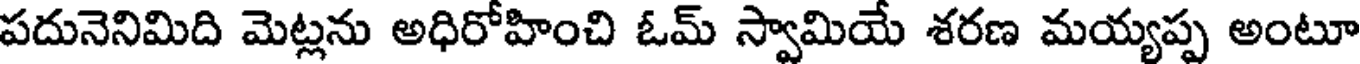
పదునెనిమిది మెట్లను అధిరోహించి ఓమ్ స్వామియే శరణ మయ్యప్ప అంటూ